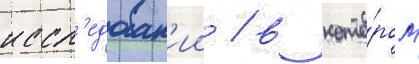
иссл'едован'ии / в кото́ром